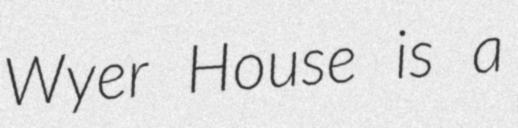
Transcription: Wyer House is a